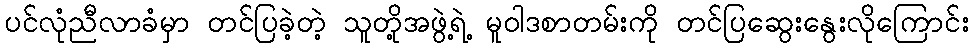
ပင်လုံညီလာခံမှာ တင်ပြခဲ့တဲ့ သူတို့အဖွဲ့ရဲ့ မူဝါဒစာတမ်းကို တင်ပြဆွေးနွေးလိုကြောင်း